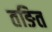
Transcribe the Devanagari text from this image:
तङित